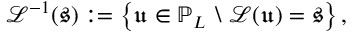
\mathcal { L } ^ { - 1 } ( \mathfrak { s } ) : = \left\{ \mathfrak { u } \in \mathbb { P } _ { L } \ \backslash \ \mathcal { L } ( \mathfrak { u } ) = \mathfrak { s } \right\} ,